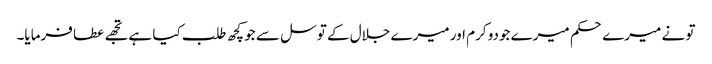
تو نے میرے حکم میرے جودو کرم اور میرے جلال کے توسل سے جو کچھ طلب کیا ہے تجھے عطا فرمایا۔